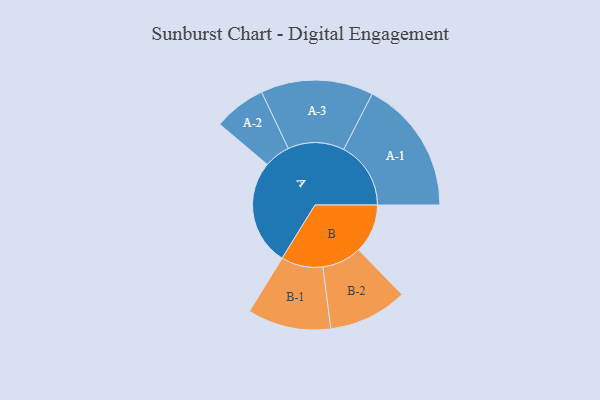
{"axis": {"x": "Segment", "y": "Value"}, "legend": ["", "A", "B"], "data": [{"x": "A", "y": 465, "type": ""}, {"x": "B", "y": 216, "type": ""}, {"x": "A-1", "y": 296, "type": "A"}, {"x": "A-2", "y": 115, "type": "A"}, {"x": "A-3", "y": 248, "type": "A"}, {"x": "B-1", "y": 184, "type": "B"}, {"x": "B-2", "y": 174, "type": "B"}]}